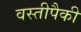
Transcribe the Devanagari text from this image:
वस्तीपैकी